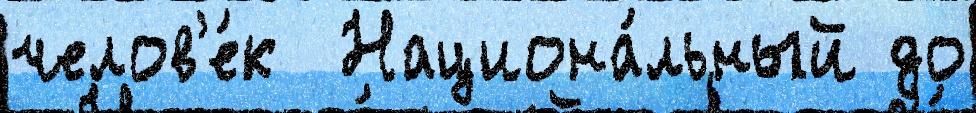
челов'е́к  Национа́льный до